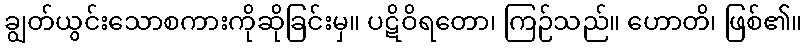
ချွတ်ယွင်းသောစကားကိုဆိုခြင်းမှ။ ပဋိဝိရတော၊ ကြဉ်သည်။ ဟောတိ၊ ဖြစ်၏။